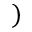
)